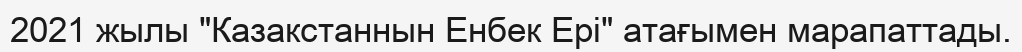
2021 жылы "Казакстаннын Енбек Ерi" атағымен марапаттады.